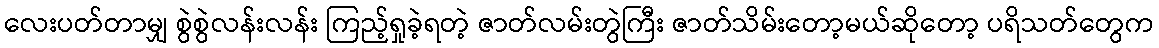
လေးပတ်တာမျှ စွဲစွဲလန်းလန်း ကြည့်ရှုခဲ့ရတဲ့ ဇာတ်လမ်းတွဲကြီး ဇာတ်သိမ်းတော့မယ်ဆိုတော့ ပရိသတ်တွေက